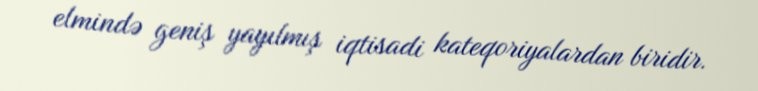
elmində geniş yayılmış iqtisadi kateqoriyalardan biridir.